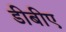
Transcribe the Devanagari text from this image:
डीबीए